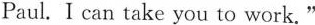
Paul. I can take you to work."